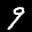
Label: 9